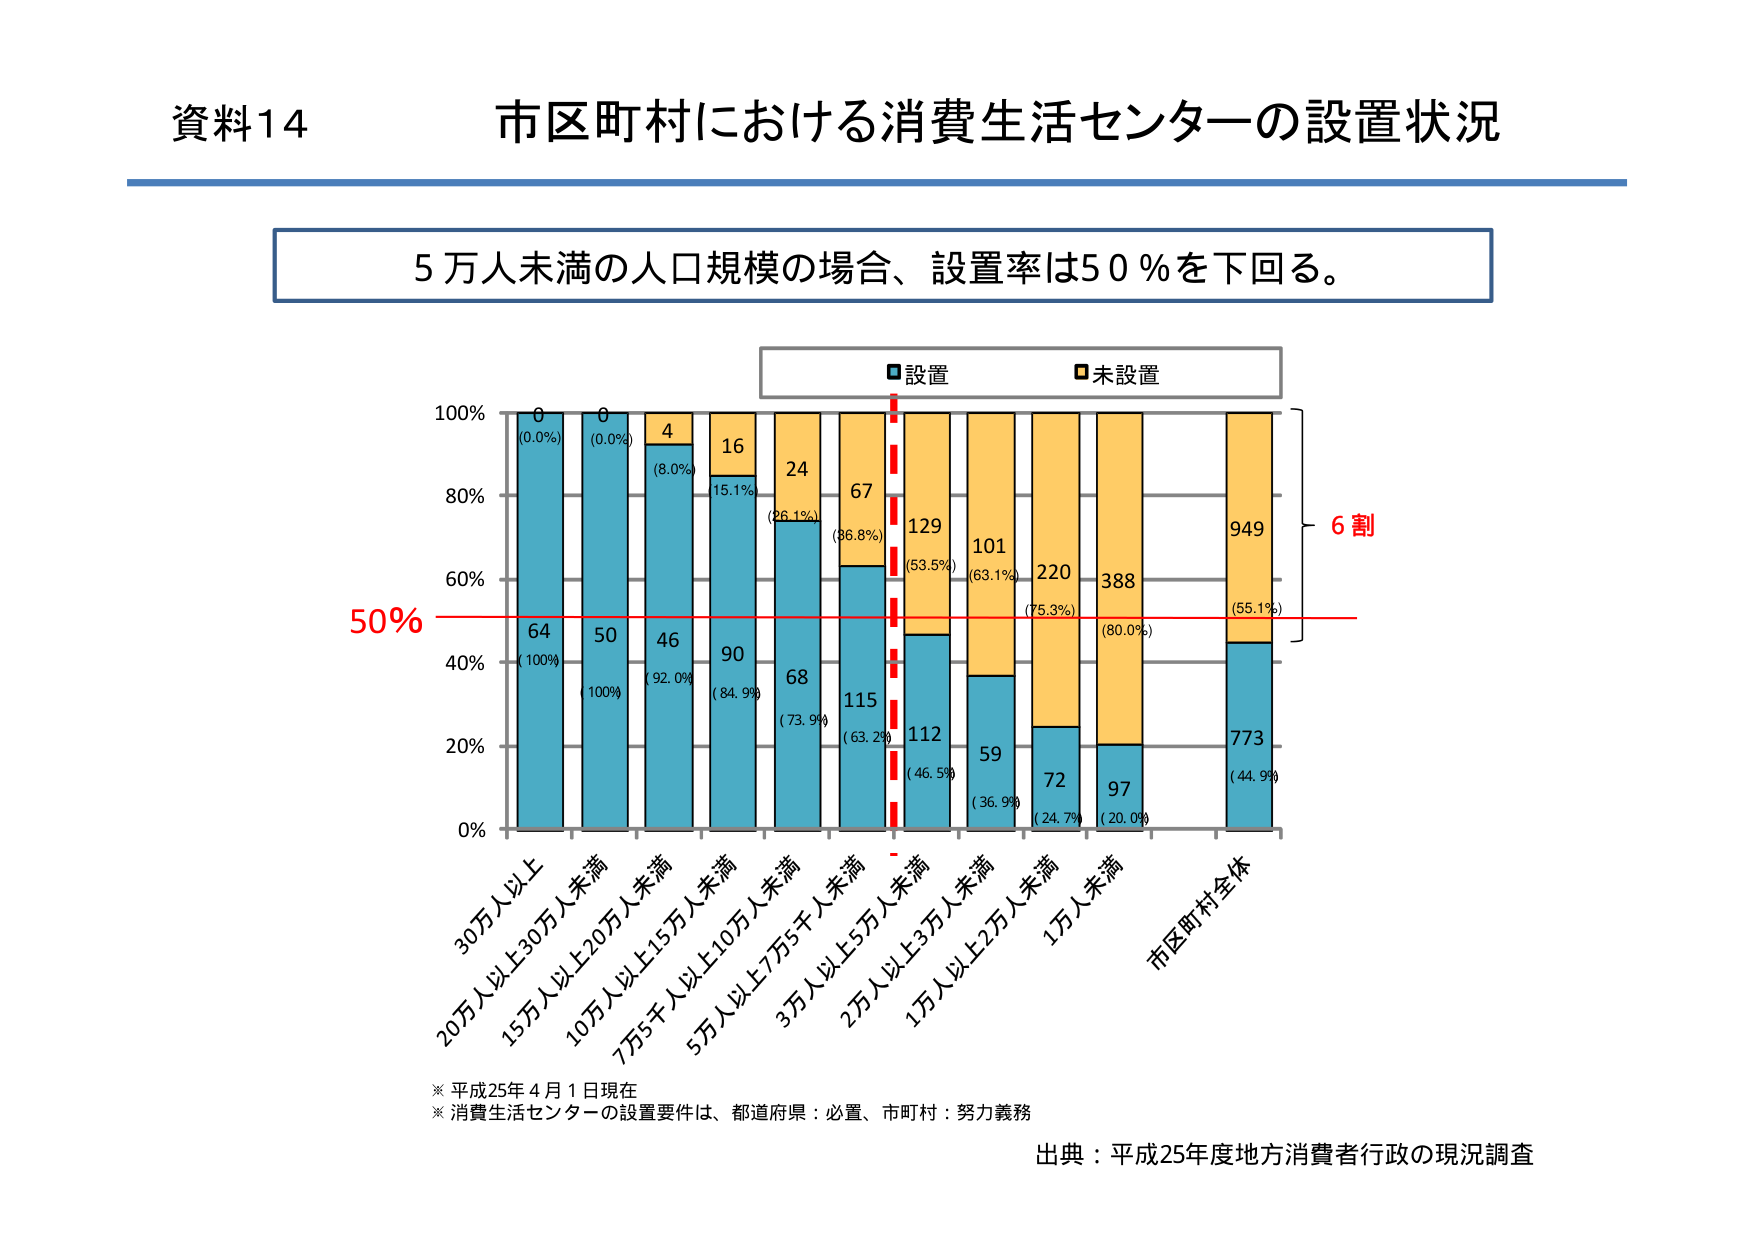
資料14 市区町村における消費生活センターの設置状況

5万人未満の人口規模の場合、設置率は50％を下回る。

■設置 ■未設置

100%
80%
60%
50%
40%
20%
0%

30万人以上
20万人以上30万人未満
15万人以上20万人未満
10万人以上15万人未満
7万5千人以上10万人未満
5万人以上7万5千人未満
3万人以上5万人未満
2万人以上3万人未満
1万人以上2万人未満
1万人未満
市区町村全体

0 (0.0%)
64 (100%)

0 (0.0%)
50 (100%)

4 (8.0%)
46 (92.0%)

16 (15.1%)
90 (84.9%)

24 (26.1%)
68 (73.9%)

67 (36.8%)
115 (63.2%)

129 (53.5%)
112 (46.5%)

101 (63.1%)
59 (36.9%)

220 (75.3%)
72 (24.7%)

388 (80.0%)
97 (20.0%)

949 (55.1%)
773 (44.9%)

6割

※ 平成25年4月1日現在
※ 消費生活センターの設置要件は、都道府県：必置、市町村：努力義務

出典：平成25年度地方消費者行政の現況調査